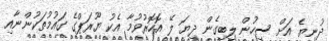
ދުނިޔެ އަށް ސިހުން ލިބިގެން ދިޔަ ލޭ އޮހޮރުވުމާ އެކު ޔޫރަޕްގެ ގައުމުތަކުންނާއި